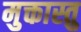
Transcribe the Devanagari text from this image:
मुक्तास्तु